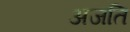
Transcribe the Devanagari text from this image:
अजति